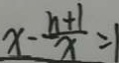
x - \frac { n + 1 } { x } = 1